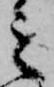
之